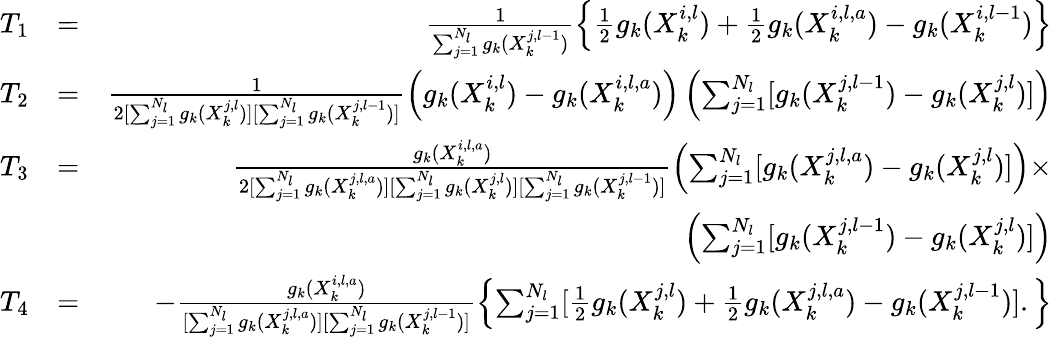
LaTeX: \begin{array}{rlr}{T_{1}}&{=}&{\frac{1}{\sum_{j=1}^{N_{l}}g_{k}(X_{k}^{j,l-1})}\left\{ \frac{1}{2}g_{k}(X_{k}^{i,l})+\frac{1}{2}g_{k}(X_{k}^{i,l,a})-g_{k}(X_{k}^{i,l-1})\right\} }\\ {T_{2}}&{=}&{\frac{1}{2[\sum_{j=1}^{N_{l}}g_{k}(X_{k}^{j,l})][\sum_{j=1}^{N_{l}}g_{k}(X_{k}^{j,l-1})]}\left(g_{k}(X_{k}^{i,l})-g_{k}(X_{k}^{i,l,a})\right)\left(\sum_{j=1}^{N_{l}}[g_{k}(X_{k}^{j,l-1})-g_{k}(X_{k}^{j,l})]\right)}\\ {T_{3}}&{=}&{\frac{g_{k}(X_{k}^{i,l,a})}{2[\sum_{j=1}^{N_{l}}g_{k}(X_{k}^{j,l,a})][\sum_{j=1}^{N_{l}}g_{k}(X_{k}^{j,l})][\sum_{j=1}^{N_{l}}g_{k}(X_{k}^{j,l-1})]}\left(\sum_{j=1}^{N_{l}}[g_{k}(X_{k}^{j,l,a})-g_{k}(X_{k}^{j,l})]\right)\times}\\ &{}&{\left(\sum_{j=1}^{N_{l}}[g_{k}(X_{k}^{j,l-1})-g_{k}(X_{k}^{j,l})]\right)}\\ {T_{4}}&{=}&{-\frac{g_{k}(X_{k}^{i,l,a})}{[\sum_{j=1}^{N_{l}}g_{k}(X_{k}^{j,l,a})][\sum_{j=1}^{N_{l}}g_{k}(X_{k}^{j,l-1})]}\left\{ \sum_{j=1}^{N_{l}}[\frac{1}{2}g_{k}(X_{k}^{j,l})+\frac{1}{2}g_{k}(X_{k}^{j,l,a})-g_{k}(X_{k}^{j,l-1})].\right\} }\end{array}